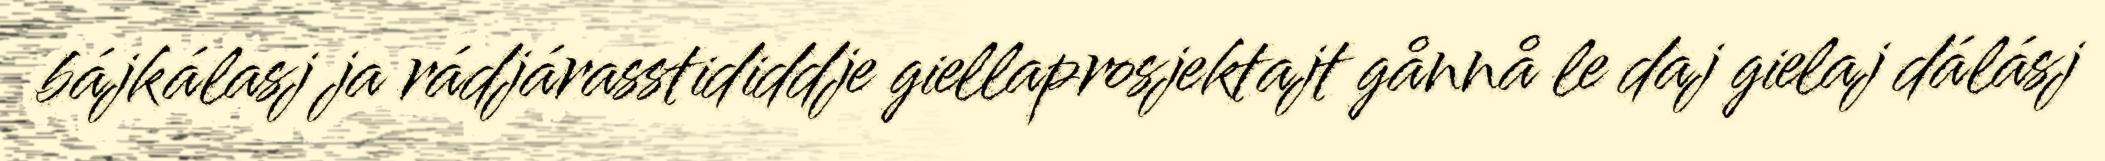
bájkálasj ja rádjárasstididdje giellaprosjektajt gånnå le daj gielaj dálásj